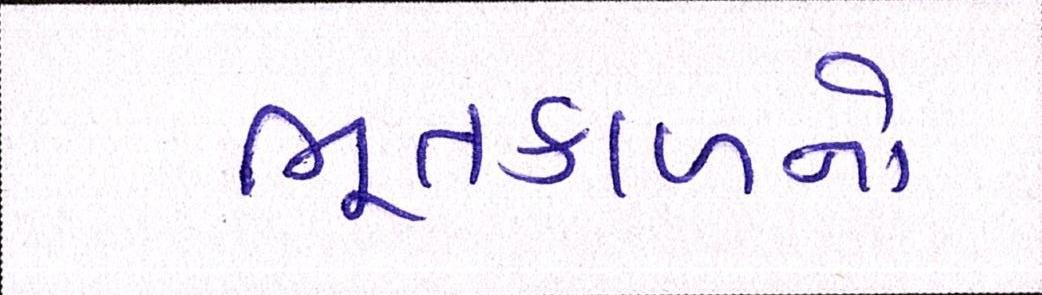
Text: ભૂતકાળનો